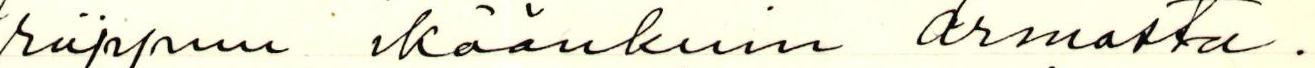
riippuu ikäänkuin armosta.